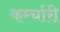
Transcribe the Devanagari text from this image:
कर्म्चारी